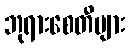
ဘုရားစေတီများ